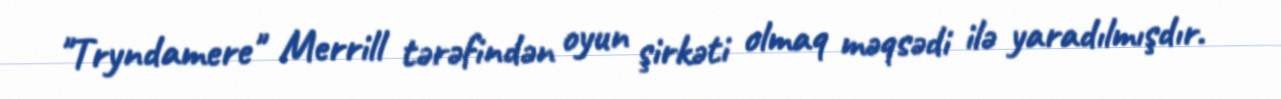
"Tryndamere" Merrill tərəfindən oyun şirkəti olmaq məqsədi ilə yaradılmışdır.